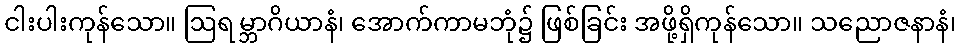
ငါးပါးကုန်သော။ ဩရမ္ဘာဂိယာနံ၊ အောက်ကာမဘုံ၌ ဖြစ်ခြင်း အဖို့ရှိကုန်သော။ သညောဇနာနံ၊